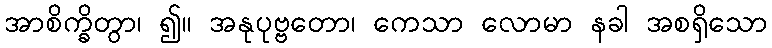
အာစိက္ခိတွာ၊ ၍။ အနုပုဗ္ဗတော၊ ကေသာ လောမာ နခါ အစရှိသော